Problem: 2 + 45 = ?
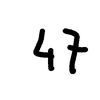
Handwritten answer: 47